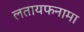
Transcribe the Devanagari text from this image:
लतायफनामा